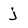
Character: j